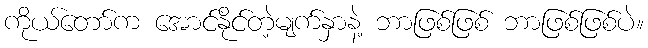
ကိုယ်တော်က အောင်နိုင်တဲ့မျက်နှာနဲ့ ဘာဖြစ်ဖြစ် ဘာဖြစ်ဖြစ်ပဲ။